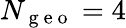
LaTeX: N_{\mathrm{~g~e~o~}}=4